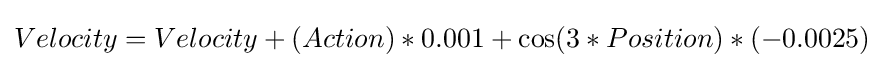
Velocity=Velocity+(Action)*0.001+\cos(3*Position)*(-0.0025)